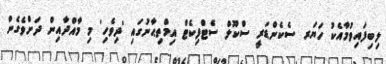
ލިބިފައިވުމާއެކު ހަޔަރ ސެކެންޑަރީ ސްކޫލް ސެޓްފިކެޓް އިމްތިޙާނުގައި 'ދިވެހި' މި މާއްދާއިން ދަށްވެގެން